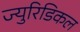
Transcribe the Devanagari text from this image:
ज्युरिडिकल